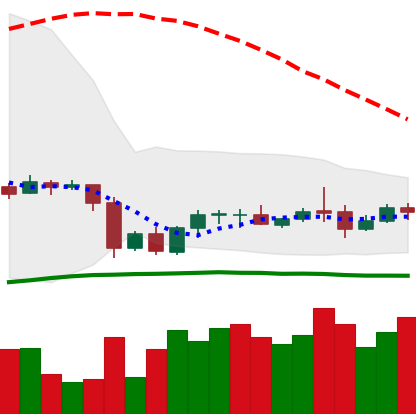
Ticker: LTC-USD
Chart end date: 2020-10-05
Forward return: 5.517%
Label: up_5_7